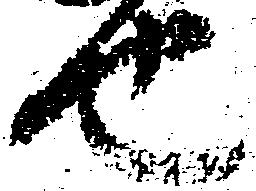
也